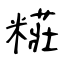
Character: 糚